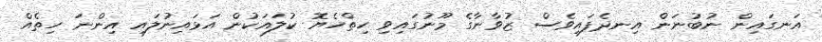
އަނގައިން ނުބުނަން އިނދެފައިވެސް ޒުވާނާގެ މޫނުގައިވި ހިތްހެޔޮ ކުލައަކުން އަޅައިނުލައި އިންނަ ހިތެއް